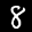
Label: 8